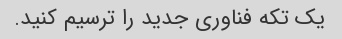
یک تکه فناوری جدید را ترسیم کنید.